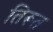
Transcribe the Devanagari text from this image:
तिरूत